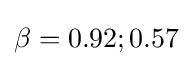
\beta =0.92;0.57